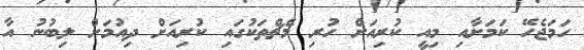
ހަމަޖެހޭ ކަމަށާއި މިއީ ކުރިއަށް ހުރި މެޗްތަކުގައި ކުރިއަށް ދިއުމަށް ލިބުނު އާ